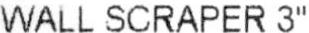
WALL SCRAPER 3"